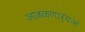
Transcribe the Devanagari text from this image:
आढळणार्‍यअ